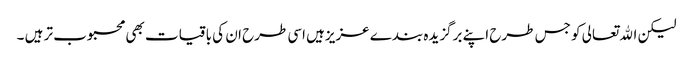
لیکن اﷲتعالی کو جس طرح اپنے برگزیدہ بندے عزیزہیں اسی طرح ان کی باقیات بھی محبوب تر ہیں ۔